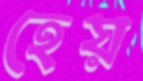
হেয়